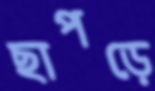
ছাপড়ে